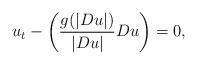
LaTeX: \begin{align*}u_t - \left(\frac{g(|Du|)}{|Du|} Du\right) = 0,\end{align*}